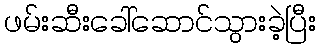
ဖမ်းဆီးခေါ်ဆောင်သွားခဲ့ပြီး